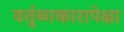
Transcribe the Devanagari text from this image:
वर्तुळाकारापेक्षा